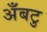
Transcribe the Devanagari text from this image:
अँबटु